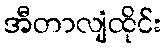
အီတာလျံထိုင်း